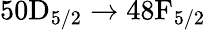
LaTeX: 50\mathrm{D}_{5/2}\to 48\mathrm{F}_{5/2}